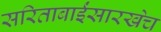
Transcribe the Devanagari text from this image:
सरिताबाईंसारखेच